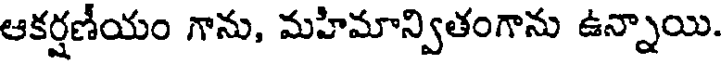
ఆకర్షణీయం గాను, మహిమాన్వితంగాను ఉన్నాయి.